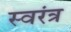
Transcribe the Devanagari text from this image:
स्वरंत्र